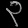
Digit: ၃